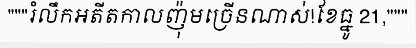
"""រំលឹកអតីតកាលញ៉ុមច្រើនណាស់!ខែធ្នូ 21,"""